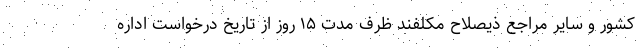
کشور و سایر مراجع ذیصلاح مکلفند ظرف مدت ۱۵ روز از تاریخ درخواست اداره